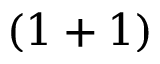
( 1 + 1 )